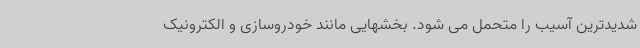
شدیدترین آسیب را متحمل می شود. بخشهایی مانند خودروسازی و الکترونیک